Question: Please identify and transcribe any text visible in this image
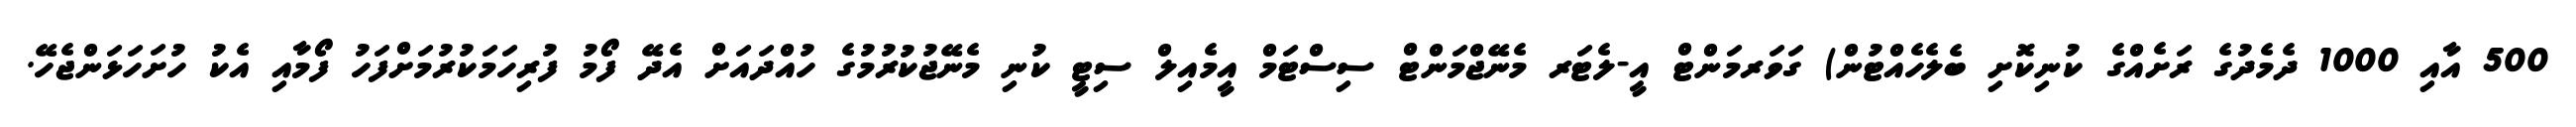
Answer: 500 އާއި 1000 ދެމެދުގެ ރަށެއްގެ ކުނިކޮށި ބެލެހެއްޓުން) ގަވަރމަންޓް އީ-ލެޓަރ މެނޭޖްމަންޓް ސިސްޓަމް އީމެއިލް ސިޓީ ކުނި މެނޭޖުކުރުމުގެ ހުއްދައަށް އެދޭ ފޯމު ފުރިހަމަކުރުމަށްފަހު ފޯމާއި އެކު ހުށަހަޅަންޖެހޭ.